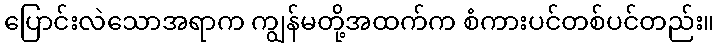
ပြောင်းလဲသောအရာက ကျွန်မတို့အထက်က စံကားပင်တစ်ပင်တည်း။